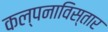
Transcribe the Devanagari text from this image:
कल्पनाविस्तार